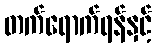
တက်ရောက်ရန်နှင့်